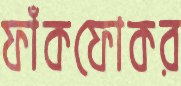
ফাঁকফোকর